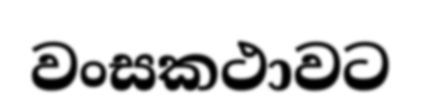
වංසකථාවට